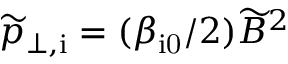
\widetilde { p } _ { \mathrm { \perp , i } } = ( \beta _ { \mathrm { i 0 } } / 2 ) \widetilde { B } ^ { 2 }